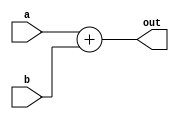
`timescale 1ns / 1ps
//////////////////////////////////////////////////////////////////////////////////
// Company: 
// Engineer: 
// 
// Design Name: 
// Module Name: Adder
// Project Name: 
// Target Devices: 
// Tool Versions: 
// Description: 
// 
// Dependencies: 
// 
// Revision:
// Revision 0.01 - File Created
// Additional Comments:
// 
//////////////////////////////////////////////////////////////////////////////////


module Adder(
	input [63:0] a,b,
	output reg [63:0] out
);

	always @ (a or b)
		out=a+b;

endmodule